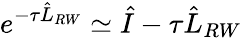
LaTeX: e^{-\tau\hat{L}_{RW}}\simeq\hat{I}-\tau\hat{L}_{RW}